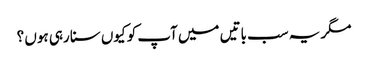
مگر یہ سب باتیں میں آپ کو کیوں سنا رہی ہوں ؟